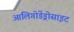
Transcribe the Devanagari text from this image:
आलिगोडेंड्रोसाइट